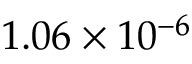
1 . 0 6 \times 1 0 ^ { - 6 }